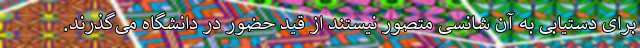
برای دستیابی به آن شانسی متصور نیستند از قید حضور در دانشگاه می‌گذرند.